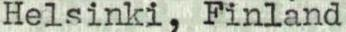
Helsinki, Finland